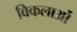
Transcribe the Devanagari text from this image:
विकलाओं